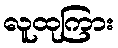
လူထုကြား